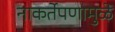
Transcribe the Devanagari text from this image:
नाकर्तेपणामुळे